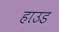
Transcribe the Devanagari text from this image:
हाउड